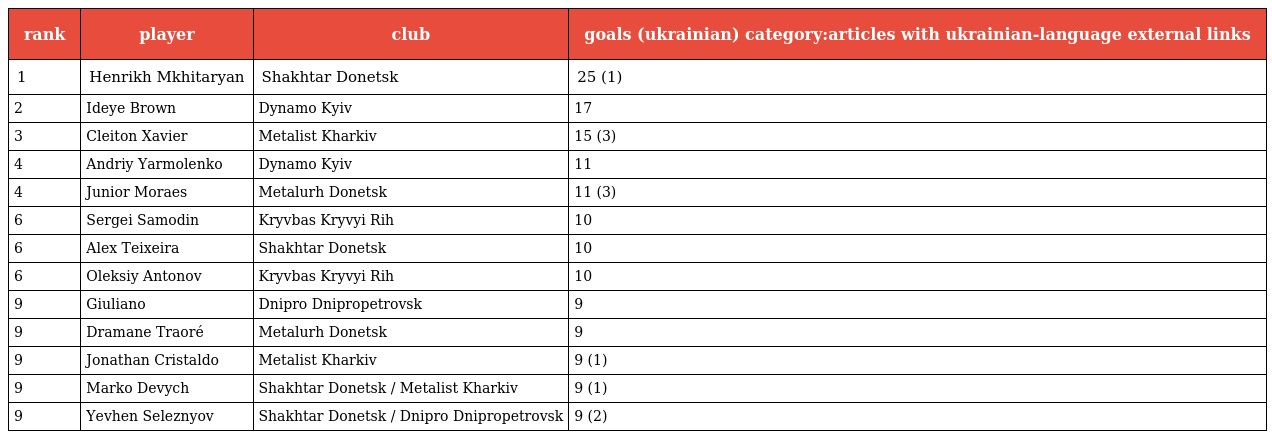
| rank | player | club | goals (ukrainian) category:articles with ukrainian-language external links |
 | --- | --- | --- | --- |
 | 1 | Henrikh Mkhitaryan | Shakhtar Donetsk | 25 (1) |
 | 2 | Ideye Brown | Dynamo Kyiv | 17 |
 | 3 | Cleiton Xavier | Metalist Kharkiv | 15 (3) |
 | 4 | Andriy Yarmolenko | Dynamo Kyiv | 11 |
 | 4 | Junior Moraes | Metalurh Donetsk | 11 (3) |
 | 6 | Sergei Samodin | Kryvbas Kryvyi Rih | 10 |
 | 6 | Alex Teixeira | Shakhtar Donetsk | 10 |
 | 6 | Oleksiy Antonov | Kryvbas Kryvyi Rih | 10 |
 | 9 | Giuliano | Dnipro Dnipropetrovsk | 9 |
 | 9 | Dramane Traoré | Metalurh Donetsk | 9 |
 | 9 | Jonathan Cristaldo | Metalist Kharkiv | 9 (1) |
 | 9 | Marko Devych | Shakhtar Donetsk / Metalist Kharkiv | 9 (1) |
 | 9 | Yevhen Seleznyov | Shakhtar Donetsk / Dnipro Dnipropetrovsk | 9 (2) |